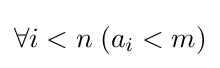
\forall i<n\;(a_{i}<m)